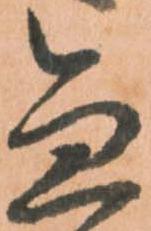
急